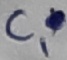
Text: C1